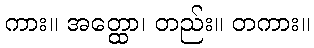
ကား။ အတ္ထော၊ တည်း။ တကား။